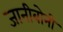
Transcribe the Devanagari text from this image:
जानीबोनी